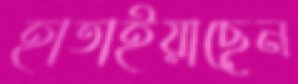
হাতাইয়াছেন